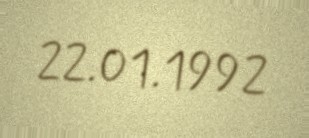
22.01.1992